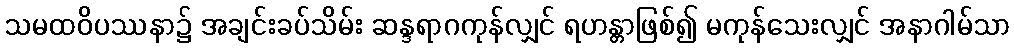
သမထဝိပဿနာ၌ အချင်းခပ်သိမ်း ဆန္ဒရာဂကုန်လျှင် ရဟန္တာဖြစ်၍ မကုန်သေးလျှင် အနာဂါမ်သာ